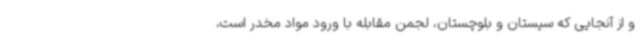
و از آنجایی که سیستان و بلوچستان، لجمن مقابله با ورود مواد مخدر است،